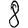
Digit: 8